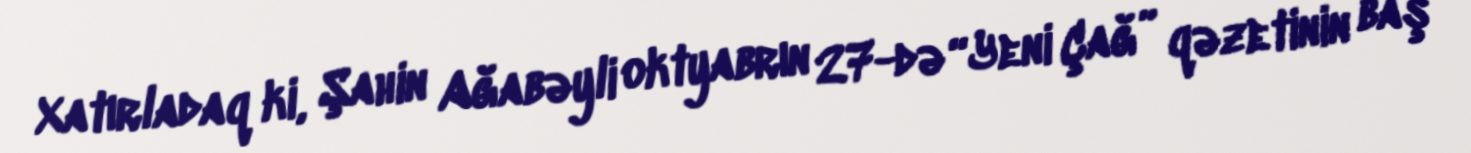
Xatırladaq ki, Şahin Ağabəyli oktyabrın 27-də “Yeni Çağ” qəzetinin baş